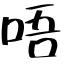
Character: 唔